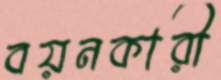
বয়নকারী